Rangoon Lunatic Asylum 1898-1906 - 1898-1906
Year: 1898
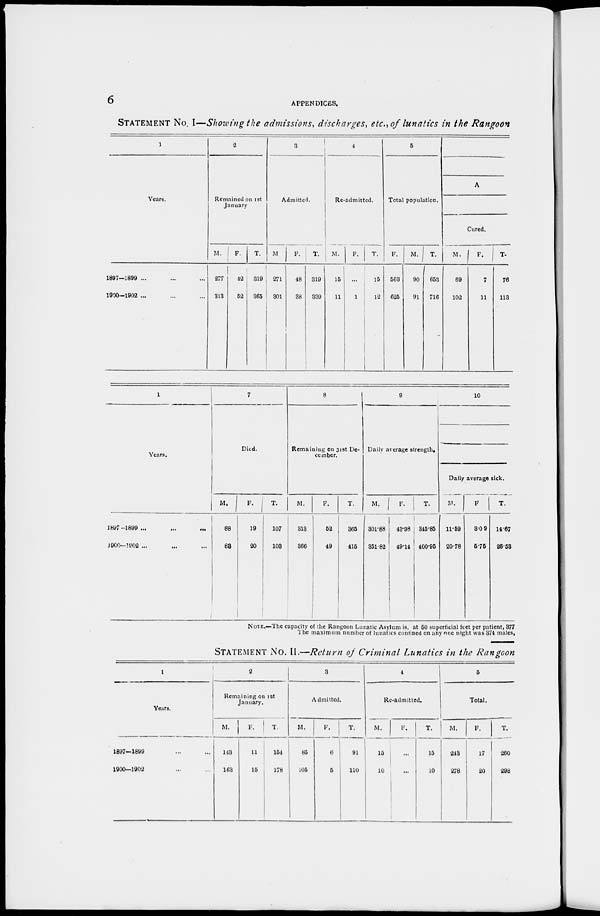
6
APPENDICES.
STATEMENT No. I—Showing the admissions, discharges, etc., of lunatics in the Rangoon
1
Years.
1897—1899 ...
1900—1902 ...
2
Remained on 1st
January
M.
277
313
F.
42
52
T.
319
365
3
Admitted.
M
271
301
F.
48
38
T.
319
339
4
Re-admitted.
M.
15
11
F.
...
1
T.
15
1
5
Total population.
F.
563
625
M.
90
91
T.
653
716
A
Cured.
M.
69
102
F.
7
11
T.
76
113
1
Years.
1897—1899... ... ...
1900—1902 ... ... ...
7
Died.
M.
88
88
F.
19
20
T.
107
103
8
Remaining on 31st De-
cember.
M.
313
366
F.
52
49
T.
365
415
9
Daily average strength.
M.
301.88
351.82
F.
43.98
49.14
T.
345.85
400.95
10
Daily average sick.
M.
11.59
20.78
F.
3.09
5.75
T.
14.67
26.53
NOTE.—The capacity of the Rangoon Lunatic Asylum is, at 50 superficial feet per patient, 377
The maximum number of lunatics confined on any one night was 374 males,
STATEMENT No. II.—Return of Criminal Lunatics in the Rangoon
1
Years.
1897—1899 ... ...
1900—1902 ... ...
2
Remaining on 1st
January.
M.
143
163
F.
11
15
T.
154
178
3
Admitted.
M.
85
105
F.
6
5
T.
91
110
4
Re-admitted,
M.
15
10
F.
...
...
T.
15
10
5
Total.
M.
243
278
F.
17
20
T.
260
298